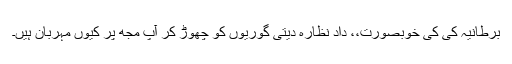
برطانیہ کی کی خوبصورت،، داد نظارہ دیتی گوریوں کو چھوڑ کر آپ مجھ پر کیوں مہربان ہیں۔